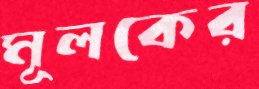
মূলকের